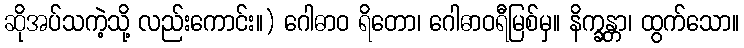
ဆိုအပ်သကဲ့သို့ လည်းကောင်း။) ဂေါဓာဝ ရိတော၊ ဂေါဓာဝရီမြစ်မှ။ နိက္ခန္တာ၊ ထွက်သော။